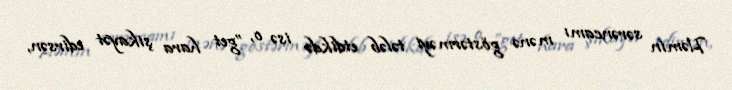
Həmin sərəncamı mənə göstərməyi tələb etdikdə isə o, ”get hara şikayət edirsən,